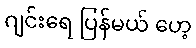
ဂျင်းရေ ပြန်မယ် ဟေ့